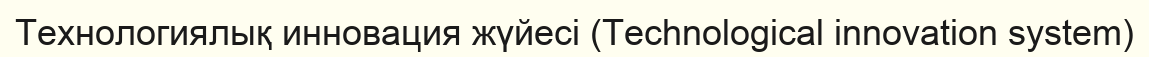
Технологиялық инновация жүйесі (Technological innovation system)